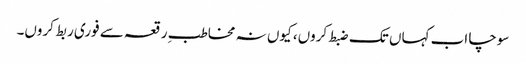
سوچا اب کہاں تک ضبط کروں، کیوں نہ مخاطبِ رقعہ سے فوری ربط کروں۔